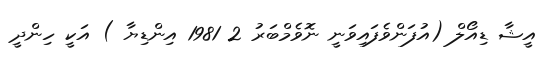
އީޝާ ޑިއޯލް (އުފަންވެފައިވަނީ ނޮވެމްބަރު 2 1981 އިންޑިޔާ ) އަކީ ހިންދީ